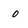
Character: 0